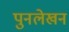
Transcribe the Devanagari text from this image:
पुनलेखन